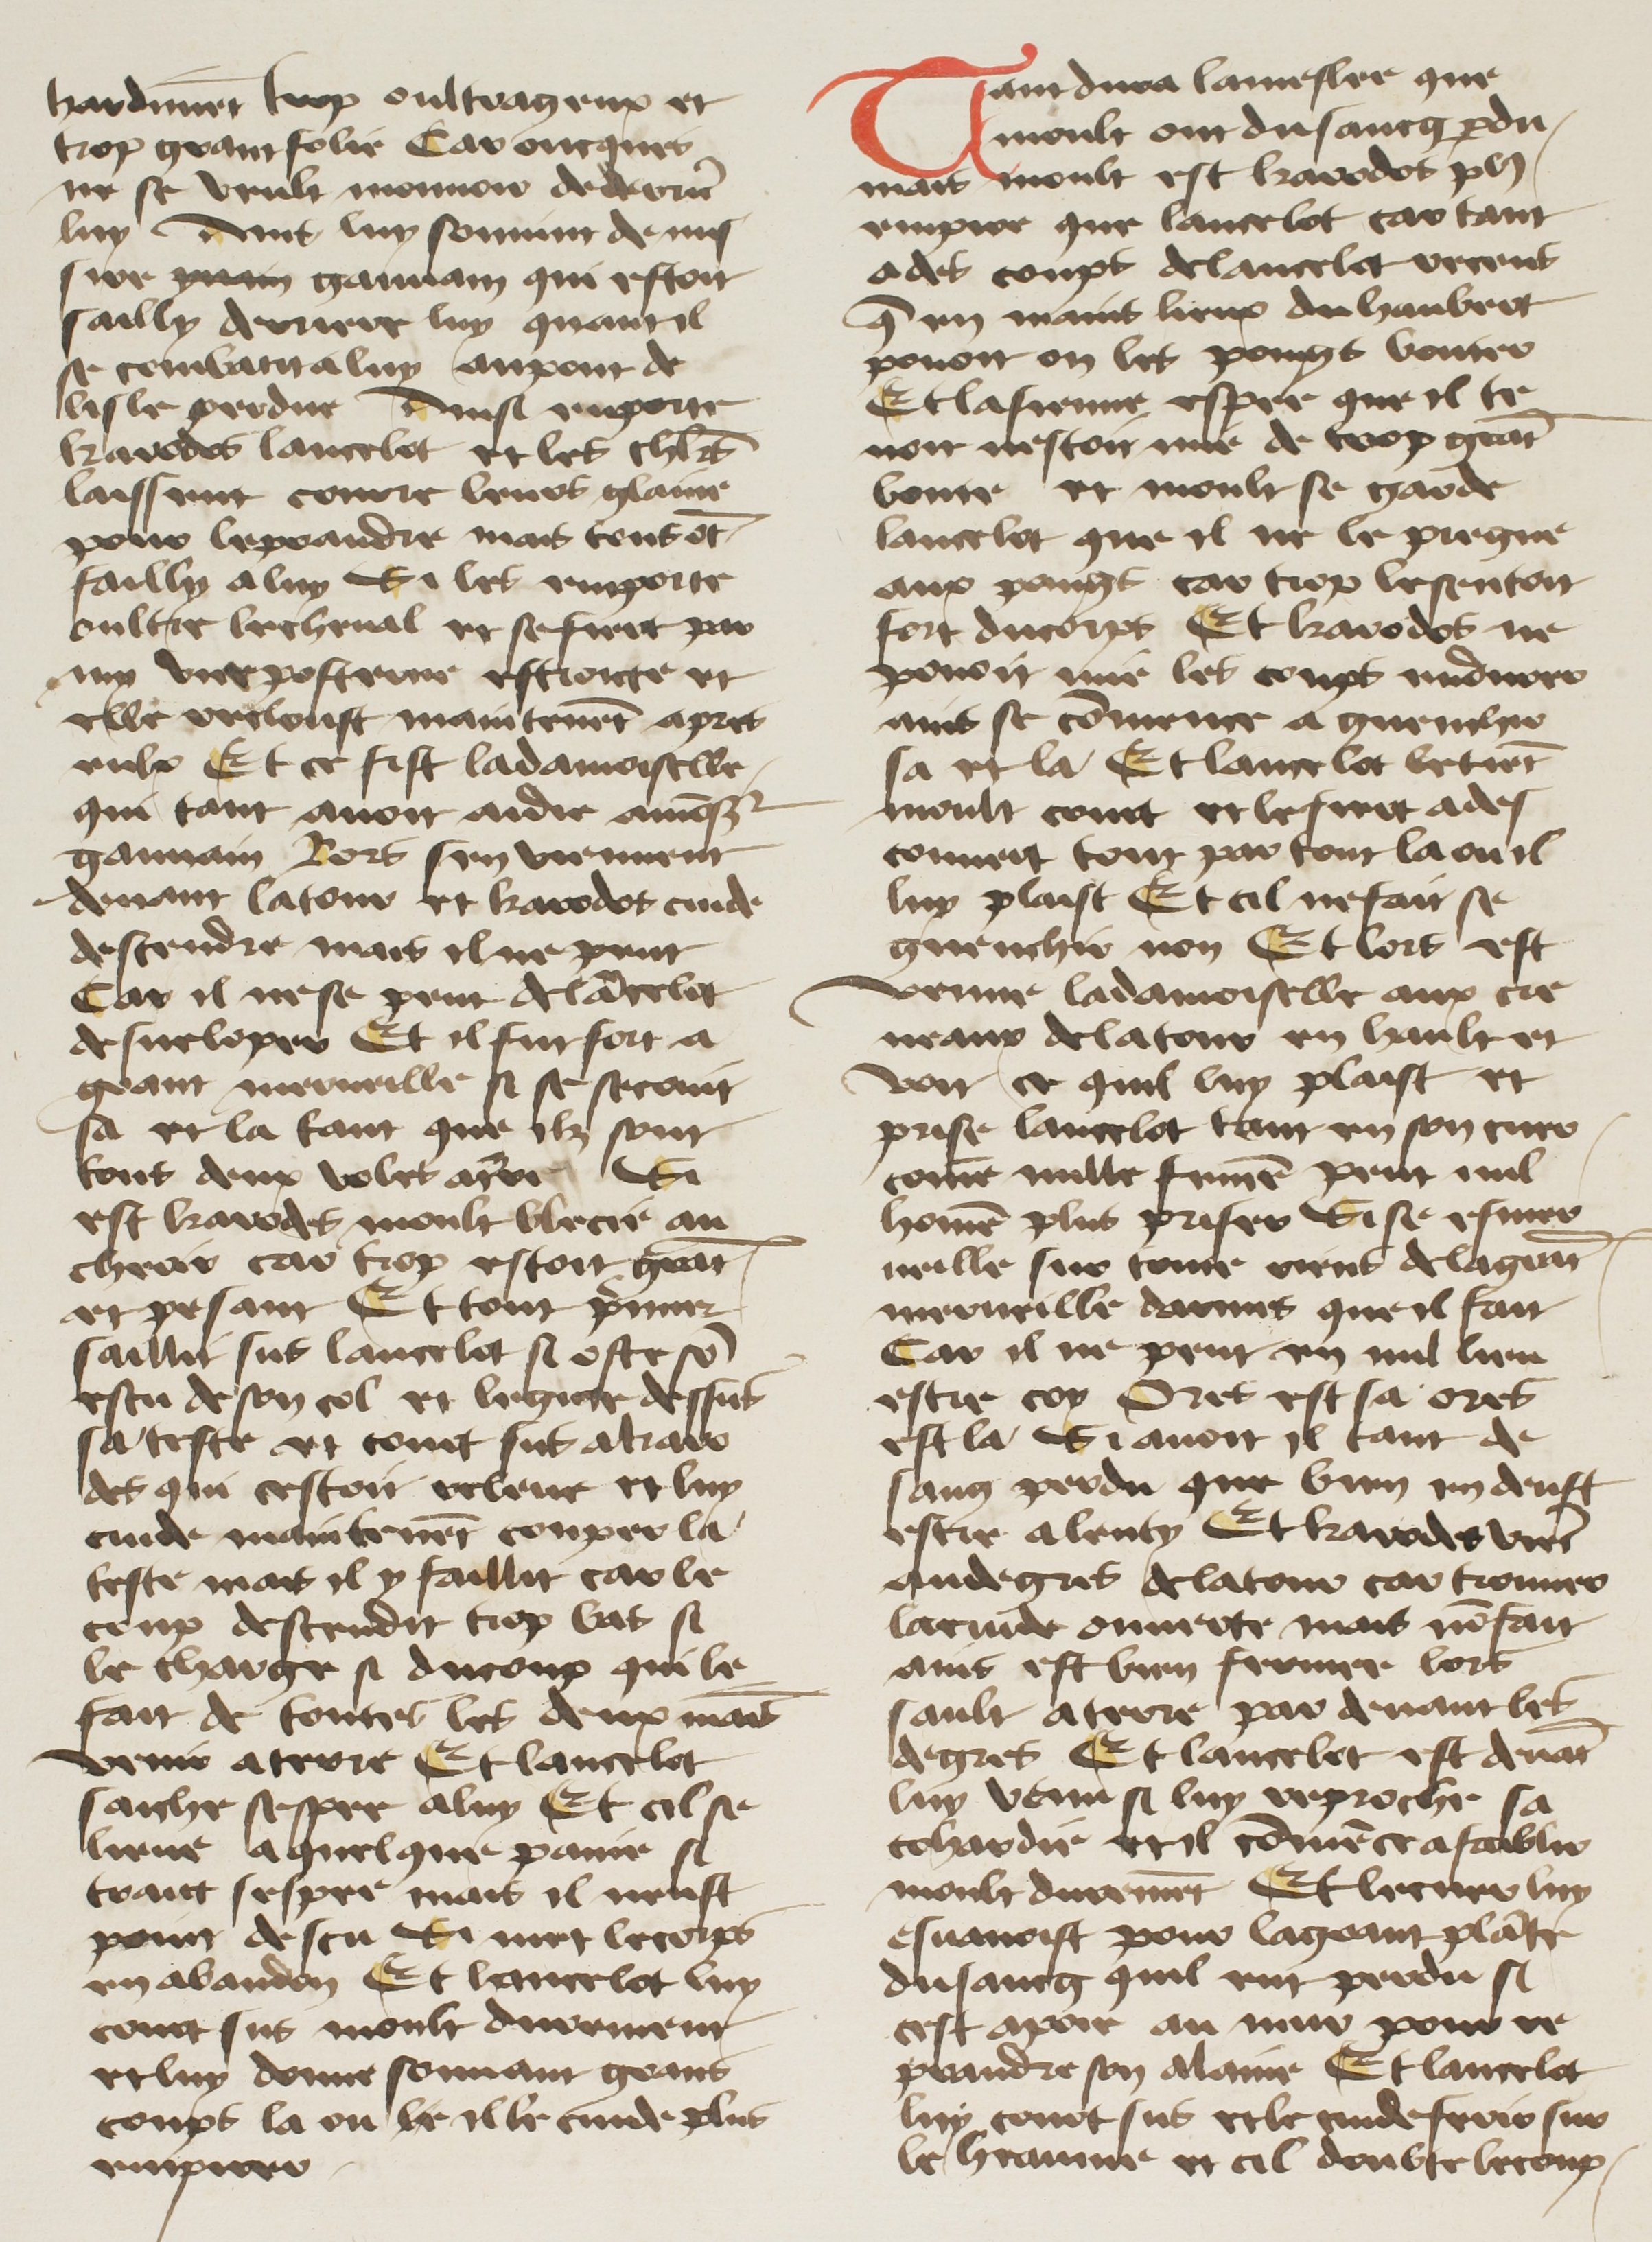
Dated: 1400–1499